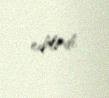
edilirdi.